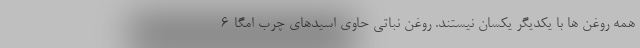
همه روغن ها با یکدیگر یکسان نیستند. روغن نباتی حاوی اسیدهای چرب امگا-6